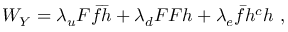
W _ { Y } = \lambda _ { u } F \bar { f } \bar { h } + \lambda _ { d } F F h + \lambda _ { e } \bar { f } h ^ { c } h \ ,